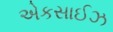
એકસાઈઝ